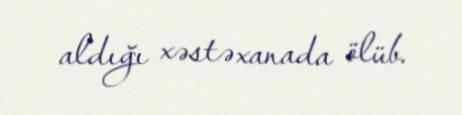
aldığı xəstəxanada ölüb.